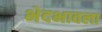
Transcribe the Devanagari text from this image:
भेदभावला